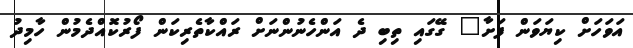
އަވަހަށް ކިޔަވަން ފަށާ" ގޭގައި ތިބި ދެ އަންހެނުންނަށް ރައްކާތެރިކަން ފޯރުކޮއްދެމުން ހާމިދު